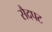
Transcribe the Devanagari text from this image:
सैदपट